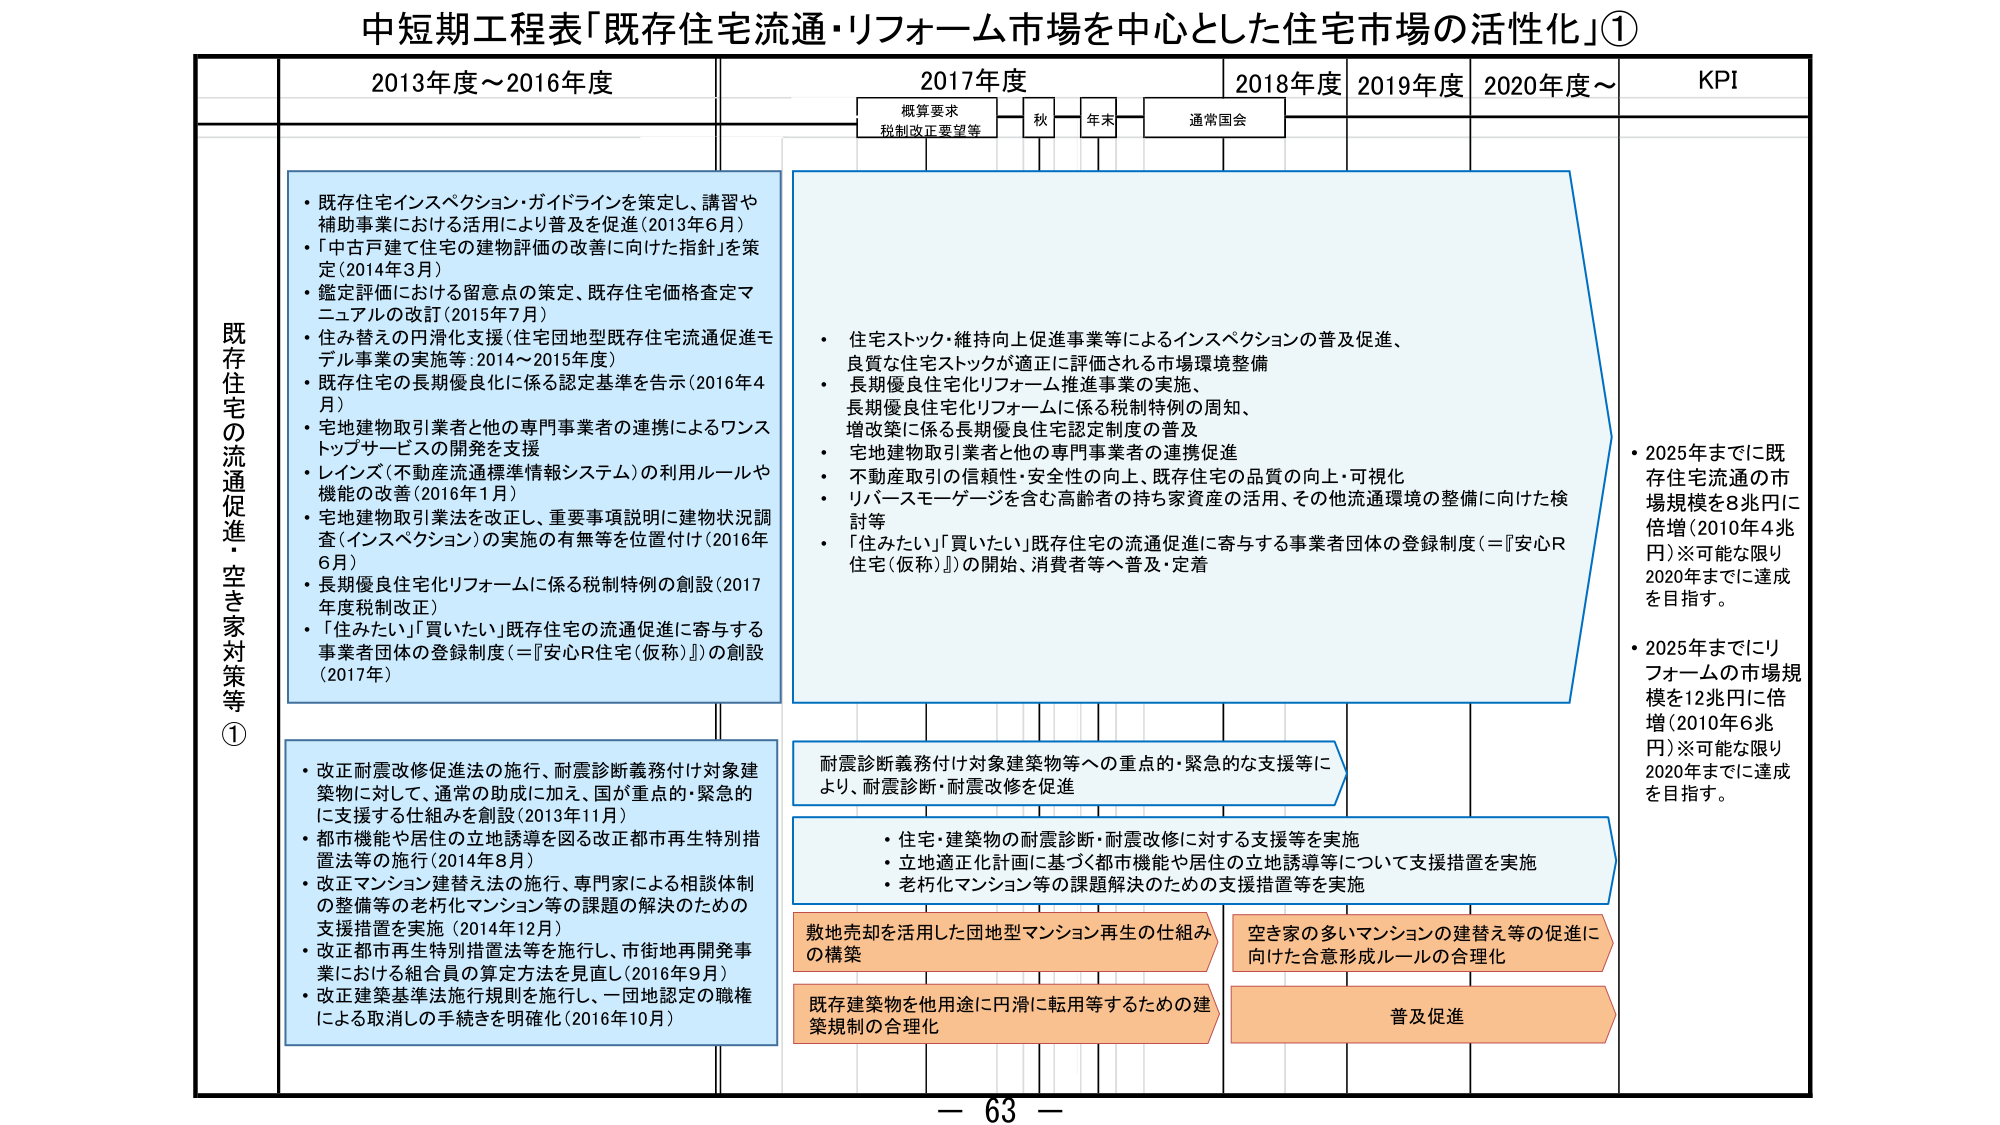
中短期工程表「既存住宅流通・リフォーム市場を中心とした住宅市場の活性化」①

2013年度～2016年度
2017年度
2018年度
2019年度
2020年度～
KPI

概算要求
税制改正要望等
秋
年末
通常国会

既存住宅の流通促進・空き家対策等①

・既存住宅インスペクション・ガイドラインを策定し、講習や補助事業における活用により普及を促進（2013年6月）
・「中古戸建て住宅の建物評価の改善に向けた指針」を策定（2014年3月）
・鑑定評価における留意点の策定、既存住宅価格査定マニュアルの改訂（2015年7月）
・住み替えの円滑化支援（住宅団地型既存住宅流通促進モデル事業の実施等：2014～2015年度）
・既存住宅の長期優良化に係る認定基準を告示（2016年4月）
・宅地建物取引業者と他の専門事業者の連携によるワンストップサービスの開発を支援
・レインズ（不動産流通標準情報システム）の利用ルールや機能の改善（2016年1月）
・宅地建物取引業法を改正し、重要事項説明に建物状況調査（インスペクション）の実施の有無等を位置付け（2016年6月）
・長期優良住宅化リフォームに係る税制特例の創設（2017年度税制改正）
・「住みたい」「買いたい」既存住宅の流通促進に寄与する事業者団体の登録制度（＝『安心R住宅（仮称）』）の創設（2017年）

・住宅ストック・維持向上促進事業等によるインスペクションの普及促進、良質な住宅ストックが適正に評価される市場環境整備
・長期優良住宅化リフォーム推進事業の実施、長期優良住宅化リフォームに係る税制特例の周知、増改築に係る長期優良住宅認定制度の普及
・宅地建物取引業者と他の専門事業者の連携促進
・不動産取引の信頼性・安全性の向上、既存住宅の品質の向上・可視化
・リバースモーゲージを含む高齢者の持ち家資産の活用、その他流通環境の整備に向けた検討等
・「住みたい」「買いたい」既存住宅の流通促進に寄与する事業者団体の登録制度（＝『安心R住宅（仮称）』）の開始、消費者等へ普及・定着

・改正耐震改修促進法の施行、耐震診断義務付け対象建築物に対して、通常の助成に加え、国が重点的・緊急的に支援する仕組みを創設（2013年11月）
・都市機能や居住の立地誘導を図る改正都市再生特別措置法等の施行（2014年8月）
・改正マンション建替え法の施行、専門家による相談体制の整備等の老朽化マンション等の課題の解決のための支援措置を実施（2014年12月）
・改正都市再生特別措置法等を施行し、市街地再開発事業における組合員の算定方法を見直し（2016年9月）
・改正建築基準法施行規則を施行し、一団地認定の職権による取消しの手続きを明確化（2016年10月）

耐震診断義務付け対象建築物等への重点的・緊急的な支援等により、耐震診断・耐震改修を促進

・住宅・建築物の耐震診断・耐震改修に対する支援等を実施
・立地適正化計画に基づく都市機能や居住の立地誘導等について支援措置を実施
・老朽化マンション等の課題解決のための支援措置等を実施

敷地売却を活用した団地型マンション再生の仕組みの構築
既存建築物を他用途に円滑に転用等するための建築規制の合理化
空き家の多いマンションの建替え等の促進に向けた合意形成ルールの合理化
普及促進

・2025年までに既存住宅流通の市場規模を8兆円に倍増（2010年4兆円）※可能な限り2020年までに達成を目指す。
・2025年までにリフォームの市場規模を12兆円に倍増（2010年6兆円）※可能な限り2020年までに達成を目指す。

－ 63 －